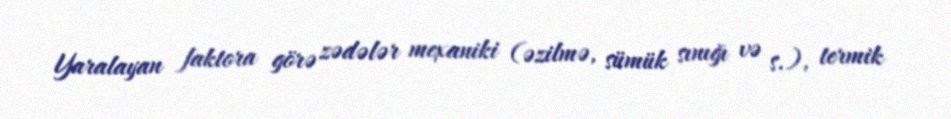
Yaralayan faktora görə zədələr mexaniki (əzilmə, sümük sınığı və s.), termik